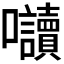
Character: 𭍏